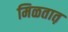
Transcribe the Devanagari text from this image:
मिळतात़